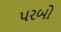
પરબો